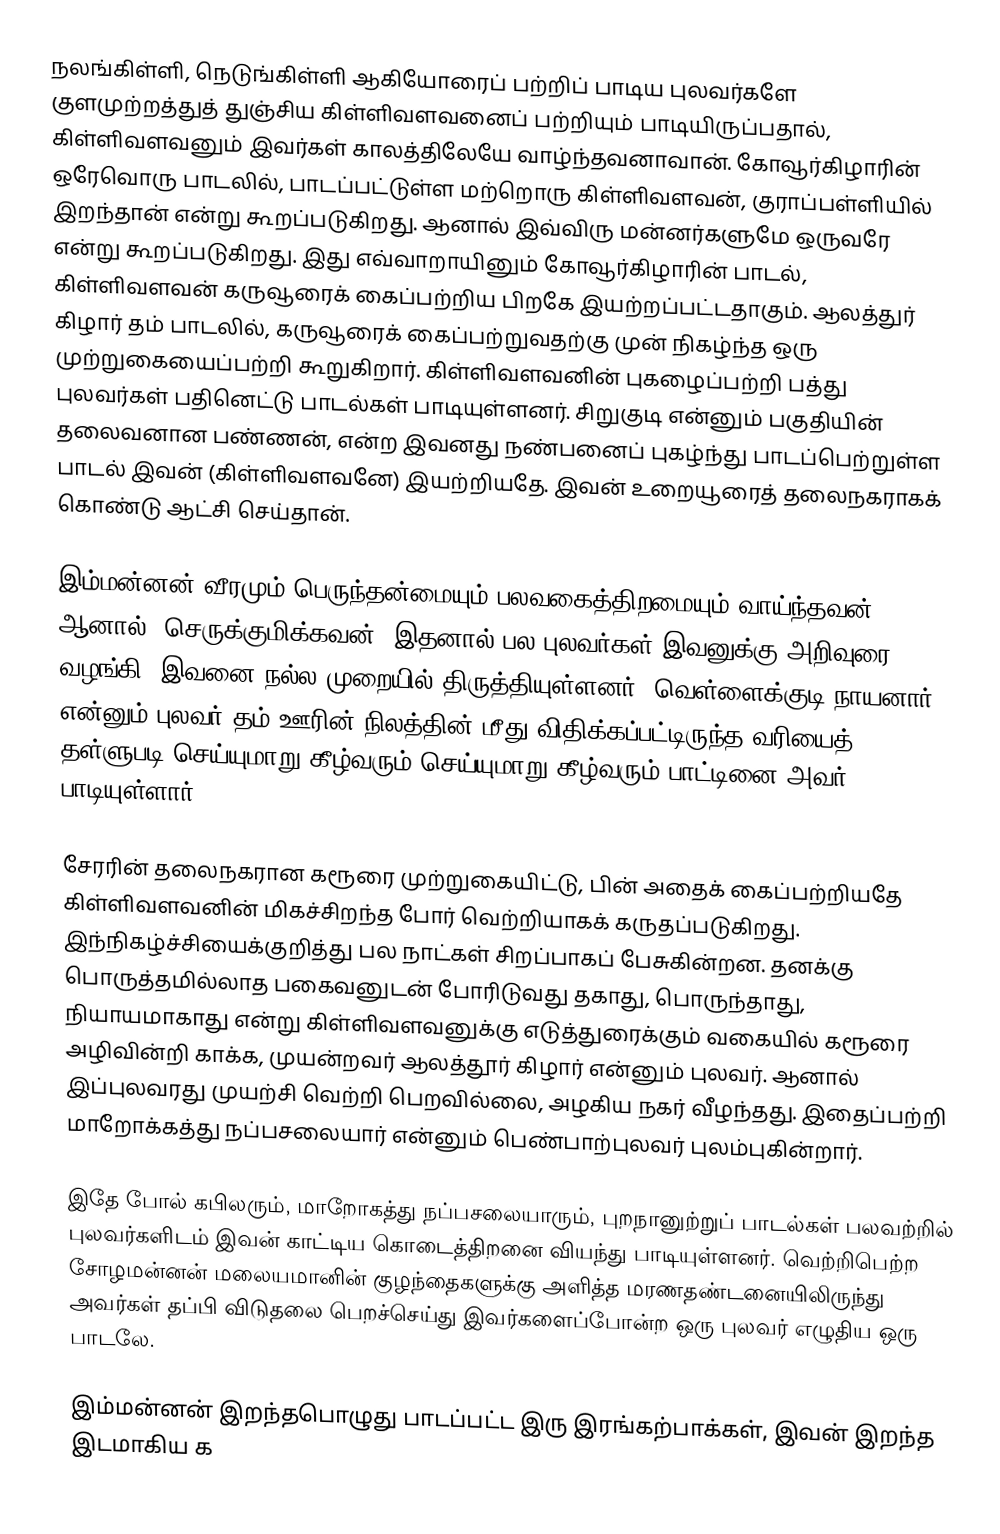
நலங்கிள்ளி, நெடுங்கிள்ளி ஆகியோரைப் பற்றிப் பாடிய புலவர்களே குளமுற்றத்துத் துஞ்சிய  கிள்ளிவளவனைப் பற்றியும் பாடியிருப்பதால், கிள்ளிவளவனும் இவர்கள் காலத்திலேயே வாழ்ந்தவனாவான். கோவூர்கிழாரின் ஒரேவொரு பாடலில், பாடப்பட்டுள்ள மற்றொரு கிள்ளிவளவன், குராப்பள்ளியில் இறந்தான் என்று கூறப்படுகிறது. ஆனால் இவ்விரு மன்னர்களுமே ஒருவரே என்று கூறப்படுகிறது. இது எவ்வாறாயினும் கோவூர்கிழாரின் பாடல், கிள்ளிவளவன் கருவூரைக் கைப்பற்றிய பிறகே இயற்றப்பட்டதாகும். ஆலத்துர் கிழார் தம் பாடலில், கருவூரைக் கைப்பற்றுவதற்கு முன் நிகழ்ந்த ஒரு முற்றுகையைப்பற்றி கூறுகிறார். கிள்ளிவளவனின் புகழைப்பற்றி பத்து புலவர்கள் பதினெட்டு பாடல்கள் பாடியுள்ளனர். சிறுகுடி என்னும் பகுதியின் தலைவனான பண்ணன், என்ற இவனது நண்பனைப் புகழ்ந்து பாடப்பெற்றுள்ள பாடல் இவன் (கிள்ளிவளவனே) இயற்றியதே. இவன் உறையூரைத் தலைநகராகக் கொண்டு ஆட்சி செய்தான்.

இம்மன்னன் வீரமும் பெருந்தன்மையும் பலவகைத்திறமையும் வாய்ந்தவன். ஆனால், செருக்குமிக்கவன். இதனால் பல புலவர்கள் இவனுக்கு அறிவுரை வழங்கி, இவனை நல்ல முறையில் திருத்தியுள்ளனர். வெள்ளைக்குடி நாயனார் என்னும் புலவர் தம் ஊரின் நிலத்தின் மீது விதிக்கப்பட்டிருந்த வரியைத் தள்ளுபடி செய்யுமாறு கீழ்வரும் செய்யுமாறு கீழ்வரும் பாட்டினை அவர் பாடியுள்ளார்.

சேரரின் தலைநகரான கரூரை முற்றுகையிட்டு, பின் அதைக் கைப்பற்றியதே கிள்ளிவளவனின் மிகச்சிறந்த போர் வெற்றியாகக் கருதப்படுகிறது. இந்நிகழ்ச்சியைக்குறித்து பல நாட்கள் சிறப்பாகப் பேசுகின்றன. தனக்கு பொருத்தமில்லாத பகைவனுடன் போரிடுவது தகாது, பொருந்தாது, நியாயமாகாது என்று கிள்ளிவளவனுக்கு எடுத்துரைக்கும் வகையில் கரூரை அழிவின்றி காக்க, முயன்றவர் ஆலத்தூர் கிழார் என்னும் புலவர். ஆனால் இப்புலவரது முயற்சி வெற்றி பெறவில்லை, அழகிய நகர் வீழந்தது. இதைப்பற்றி மாறோக்கத்து நப்பசலையார் என்னும் பெண்பாற்புலவர் புலம்புகின்றார்.

இதே போல் கபிலரும், மாறோகத்து நப்பசலையாரும், புறநானுற்றுப் பாடல்கள் பலவற்றில் புலவர்களிடம் இவன் காட்டிய கொடைத்திறனை வியந்து பாடியுள்ளனர். வெற்றிபெற்ற சோழமன்னன் மலையமானின் குழந்தைகளுக்கு அளித்த மரணதண்டனையிலிருந்து அவர்கள் தப்பி விடுதலை பெறச்செய்து இவர்களைப்போன்ற ஒரு புலவர் எழுதிய ஒரு பாடலே.

இம்மன்னன் இறந்தபொழுது பாடப்பட்ட இரு இரங்கற்பாக்கள், இவன் இறந்த இடமாகிய க